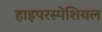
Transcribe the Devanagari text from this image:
हाइपरस्पेशियल